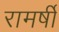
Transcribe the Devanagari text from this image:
रामर्षी